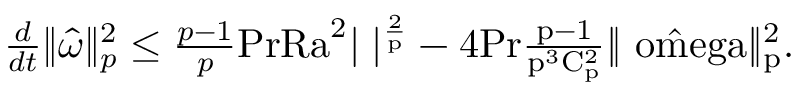
\begin{array} { r } { \frac { d } { d t } \| \hat { \omega } \| _ { p } ^ { 2 } \leq \frac { p - 1 } { p } \mathrm { { P r } \mathrm { { R a } } ^ { 2 } | \Omega | ^ { \frac { 2 } { p } } - 4 \mathrm { { P r } \frac { p - 1 } { p ^ { 3 } C _ { p } ^ { 2 } } \| \hat { \ o m e g a } \| _ { p } ^ { 2 } . } } } \end{array}